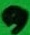
Text: 9